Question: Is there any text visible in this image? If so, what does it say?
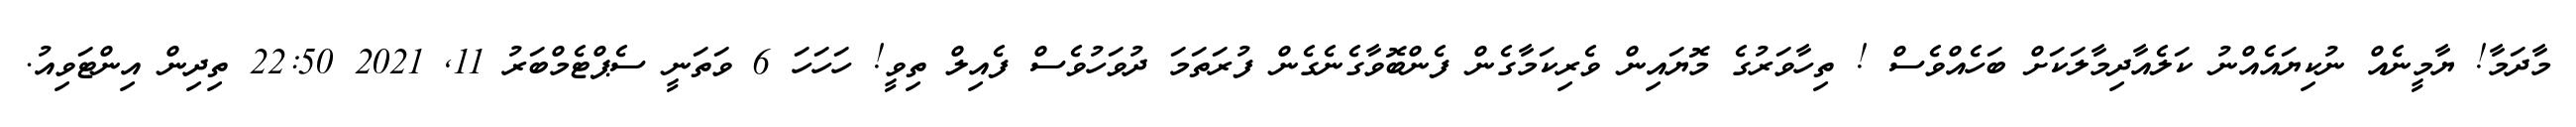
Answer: މާދަމާ! ޔާމީނެއް ނުކިޔައެއްނު ކަލެއާދިމާލަކަށް ބަހެއްވެސް ! ތިހާވަރުގެ މޮޔައިން ވެރިކަމާގެން ފެންބޮވާގެނެގެން ފުރަތަމަ ދުވަހުވެސް ފެއިލް ތިވީ! ހަހަހަ 6 ވަތަނީ ސެޕްޓެމްބަރު 11, 2021 22:50 ތިދިން އިންޓަވިއު.